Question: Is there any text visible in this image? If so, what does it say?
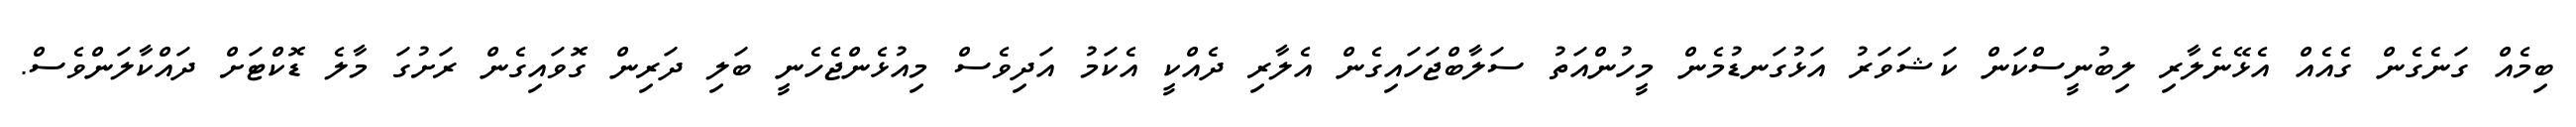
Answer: ބިމެއް ގަނެގެން ގެއެއް އެޅޭނެލާރި ލިބުނީސްކަން ކަޝަވަރު އަޅުގަނޑުމެން މީހުންއަތު ސަލާބްޖަހައިގެން އެލާރި ދެއްކީ އެކަމު އަދިވެސް މިއުޅެންޖެހެނީ ބަލި ދަރިން ގޮވައިގެން ރަށުގަ މާލެ ޑޮކްޓަށް ދައްކާލަންވެސް.